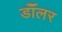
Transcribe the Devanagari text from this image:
डॉॅलर